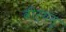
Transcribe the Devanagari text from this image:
वीर्यम्